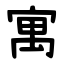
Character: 寓